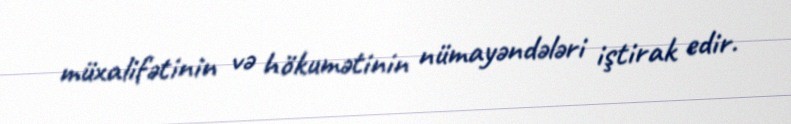
müxalifətinin və hökumətinin nümayəndələri iştirak edir.